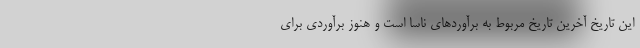
این تاریخ آخرین تاریخ مربوط به برآوردهای ناسا است و هنوز برآوردی برای